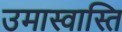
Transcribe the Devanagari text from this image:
उमास्वास्ति